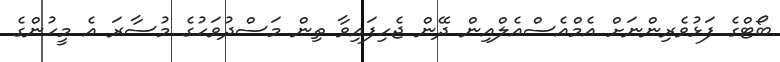
ބޯޓްގެ ފަޅުވެރިންނަށް އެމްއެސްއެލްއިން ދޭން ޖެހިފައިވާ ތިން މަސްދުވަހުގެ މުސާރަ އެ މީހުންގެ